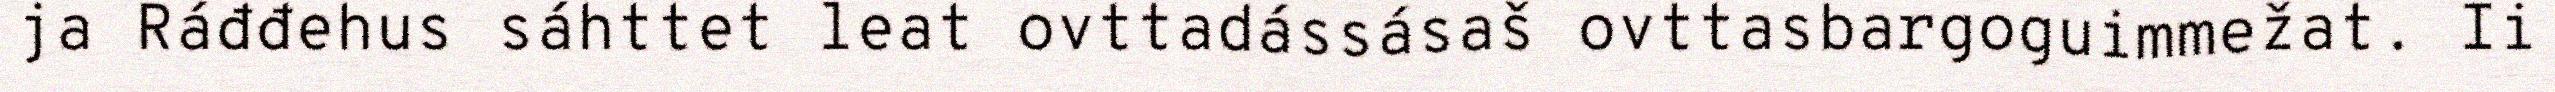
ja Ráđđehus sáhttet leat ovttadássásaš ovttasbargoguimmežat. Ii